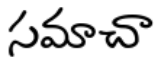
సమాచా